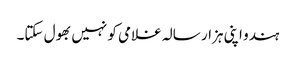
ہندو اپنی ہزار سالہ غلامی کو نہیں بھول سکتا۔